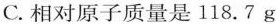
C.相对原子质量是118.7g